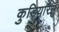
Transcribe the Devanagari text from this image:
कुडियारसु